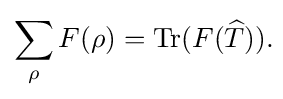
\sum _{\rho }F(\rho )=\operatorname {Tr} (F({\widehat {T}})).\!